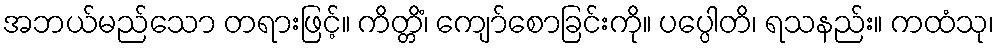
အဘယ်မည်သော တရားဖြင့်။ ကိတ္တိံ၊ ကျော်စောခြင်းကို။ ပပ္ပေါတိ၊ ရသနည်း။ ကထံသု၊